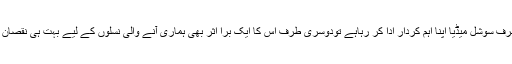
ایک طرف سوشل میڈیا اپنا اہم کردار ادا کر رہاہے تودوسری طرف اس کا ایک برا اثر بھی ہماری آنے والی نسلوں کے لیے بہت ہی نقصان دہ ہے۔